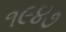
૧૯૪૭